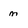
Character: m